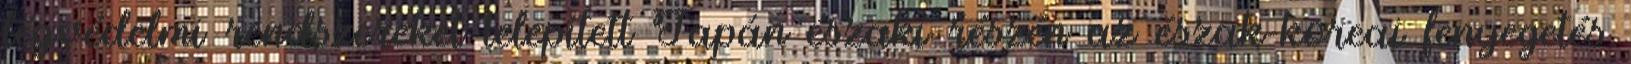
légvédelmi rendszereket telepített Japán északi részén az észak-koreai fenyegetés